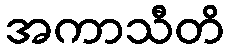
အကာသီတိ